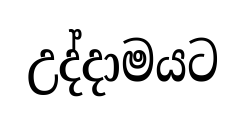
උද්දාමයට